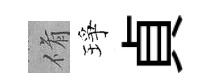
脩琤貞